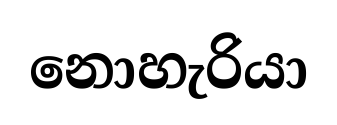
නොහැරියා